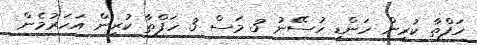
ހަފްތާ ކުރިން ހަންޑި ހުސޭނު 3 މަސް 3 ހަފްތާ ކުރިން އަހަރުމެން